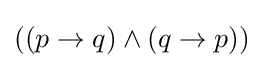
((p\to q)\land (q\to p))